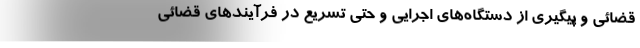
قضائی و پیگیری از دستگاه‌های اجرایی و حتی تسریع در فرآیندهای قضائی